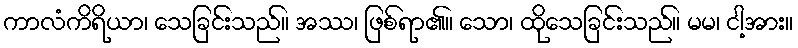
ကာလံကိရိယာ၊ သေခြင်းသည်။ အဿ၊ ဖြစ်ရာ၏။ သော၊ ထိုသေခြင်းသည်။ မမ၊ ငါ့အား။